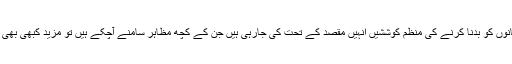
یا پھر مسلمانوں کو بدنا کرنے کی منظم کوششیں انہیں مقصد کے تحت کی جارہی ہیں جن کے کچھ مظاہر سامنے آچکے ہیں تو مزید کبھی بھی آسکتے ہیں۔